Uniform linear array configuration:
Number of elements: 12
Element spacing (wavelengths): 0.5
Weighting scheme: uniform
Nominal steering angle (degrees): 15
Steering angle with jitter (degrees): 14.557
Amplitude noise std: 0.05
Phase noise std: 0.05

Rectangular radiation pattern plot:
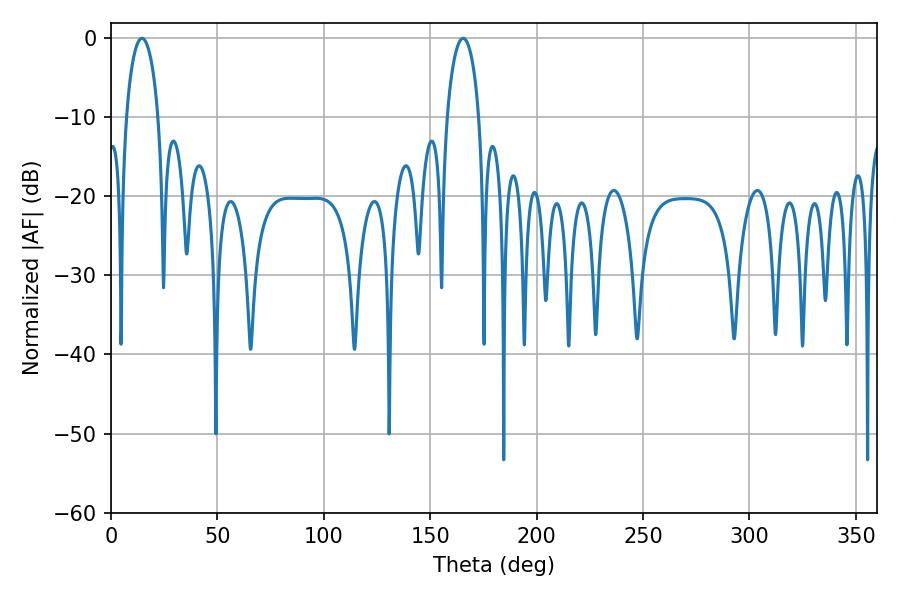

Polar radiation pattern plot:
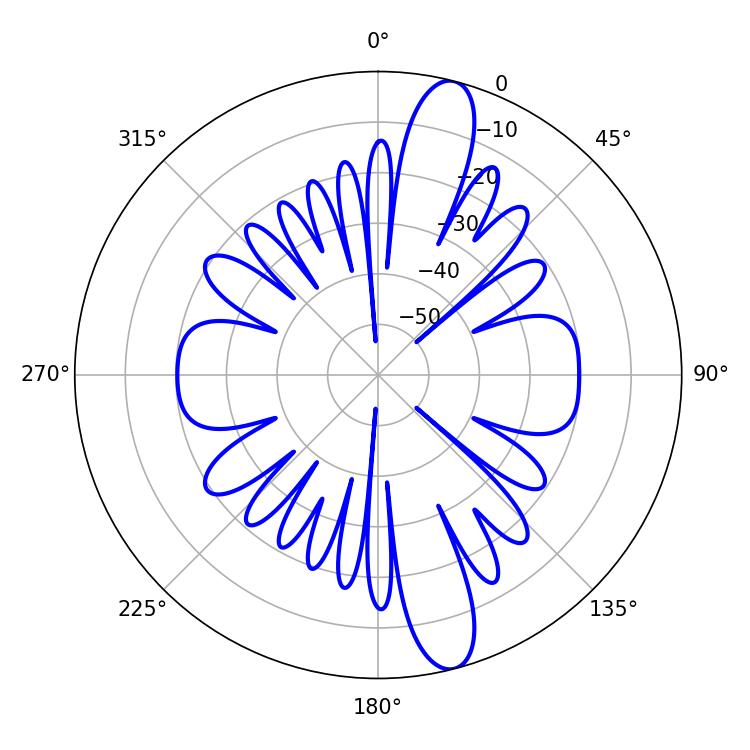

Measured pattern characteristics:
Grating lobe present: FALSE
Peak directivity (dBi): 13.771
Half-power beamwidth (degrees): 8.64
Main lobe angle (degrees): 14.58